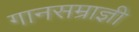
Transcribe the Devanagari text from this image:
गानसम्राज्ञी